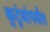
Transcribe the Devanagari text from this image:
कुटुंबांपर्यंत